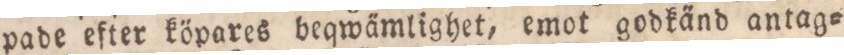
pade efter köpares beqwämlighet, emot godkänd antag=